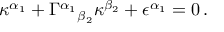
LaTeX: \kappa ^ { \alpha _ { 1 } } + \Gamma ^ { \alpha _ { 1 } } { } _ { \beta _ { 2 } } \kappa ^ { \beta _ { 2 } } + \epsilon ^ { \alpha _ { 1 } } = 0 \, .